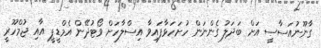
ގާނޫނުއަސާސީ އަށް ބަދަލު ގެންނަން ހުށަހަޅާފައިވާ އިސްލާހަށް ވޯޓުދޭން އެމްޑީޕީ އާއި ޖުމްހޫރީ